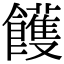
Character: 𩟓